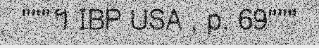
"""។ IBP USA , p. 69"""